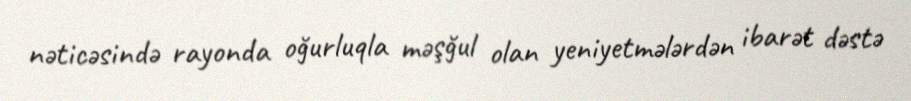
nəticəsində rayonda oğurluqla məşğul olan yeniyetmələrdən ibarət dəstə